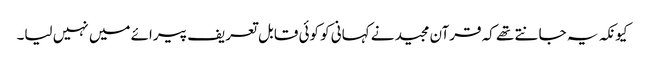
کیونکہ یہ جانتے تھے کہ قرآن مجید نے کہانی کو کوئی قابل تعریف پیرائے میں نہیں لیا۔